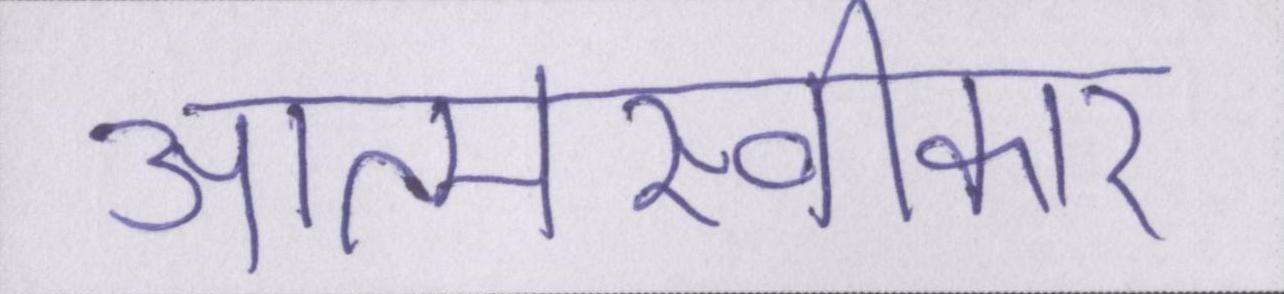
आत्मस्वीकार